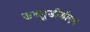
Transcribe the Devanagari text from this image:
डब्लूडीडीएम